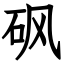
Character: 砜